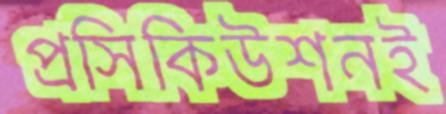
প্রসিকিউশনই